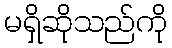
မရှိဆိုသည်ကို